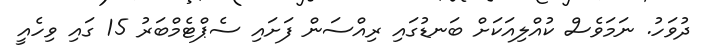
ދުވަހު. ނަމަވެސް ކުއްލިއަކަށް ބަނޑުގައި ރިއްސަން ފަށައި ސެޕްޓެމްބަރު 15 ގައި ވިހެއީ